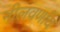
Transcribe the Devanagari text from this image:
नीलवर्णाय